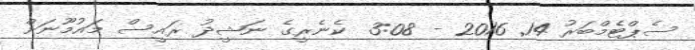
ސެޕްޓެމްބަރު 14